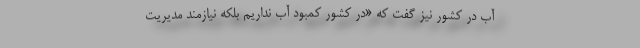
آب در کشور نیز گفت که «در کشور کمبود آب نداریم بلکه نیازمند مدیریت